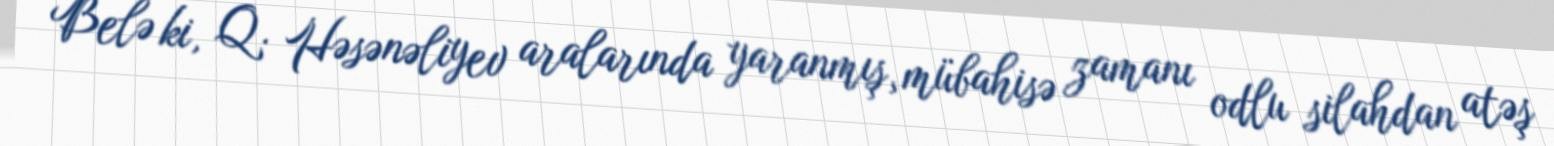
Belə ki, Q. Həsənəliyev aralarında yaranmış̧ mübahisə zamanı odlu silahdan atəş